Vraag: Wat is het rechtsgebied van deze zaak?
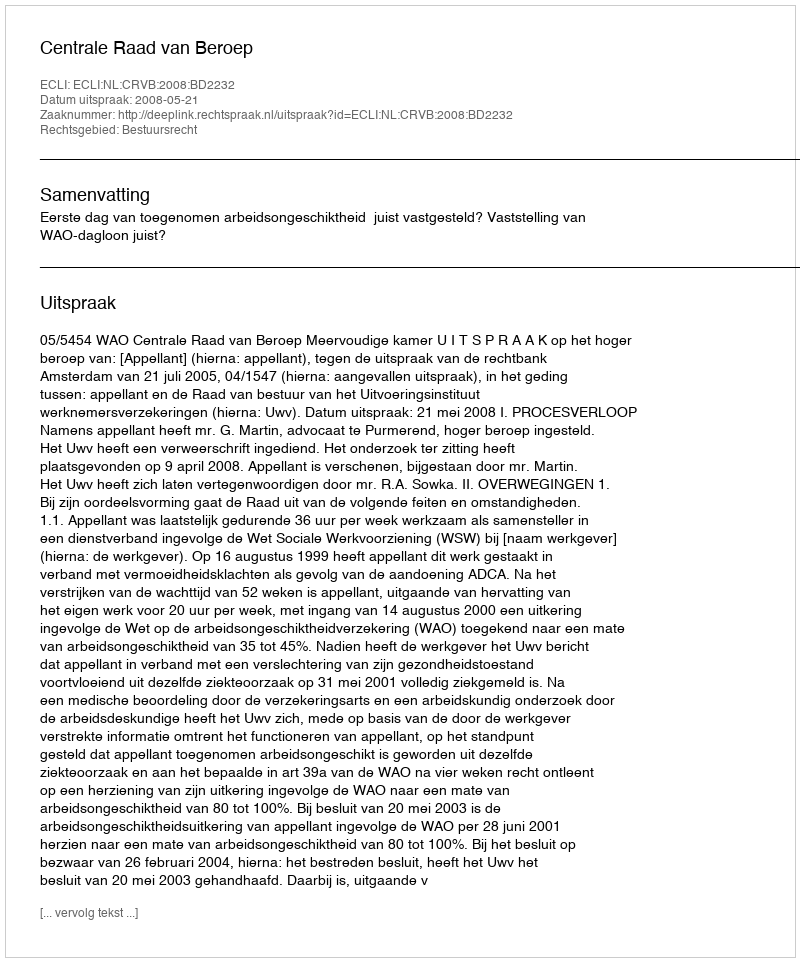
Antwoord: Bestuursrecht